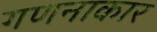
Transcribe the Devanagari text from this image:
गणनाकार